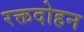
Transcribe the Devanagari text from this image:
रक्तदोहन